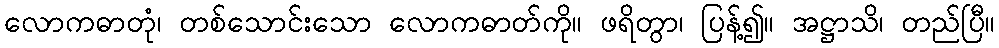
လောကဓာတုံ၊ တစ်သောင်းသော လောကဓာတ်ကို။ ဖရိတွာ၊ ပြန့်၍။ အဋ္ဌာသိ၊ တည်ပြီ။